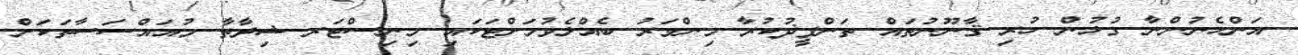
އަންހެނުންނާ ގުޅުން ހުރި ޤާނޫނުތައް ތަންފީޛުކުރާ މިންވަރު ބެއްލެވުމަށްޓަކައި މިނިސްޓަރ ޝިދާތާ މުއައްސަސާތަކަށް